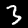
Digit: 3